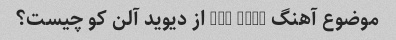
موضوع آهنگ The Ride از دیوید آلن کو چیست؟